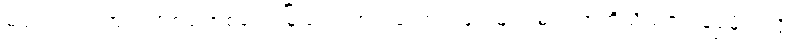
မပျင်းကြပါဘူး။ တစ်ခါတစ်လေ မြို့ထဲက ဟင်းကောင်းများများ မပါတာကိုသိယင် “ရွှေမိုး”လို့